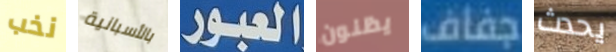
نخب بالأسبانية العبور يظنون جفاف يحدث